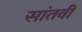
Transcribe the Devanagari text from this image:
सांतवीं